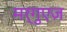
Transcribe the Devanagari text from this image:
मर्गुएज़